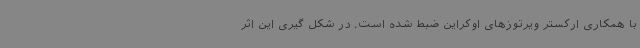
با همکاری ارکستر ویرتوزهای اوکراین ضبط شده است. در شکل گیری این اثر